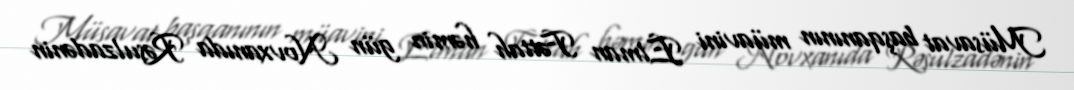
Müsavat başqanının müavini Elman Fəttah həmin gün Novxanıda Rəsulzadənin